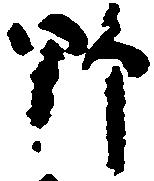
野